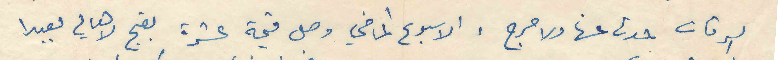
السرقات حدث عنها ولا حرج. الاسبوع الماضي وصل قيمة عشر بقج لاهالي بعبدا